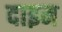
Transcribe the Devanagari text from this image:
दाइम